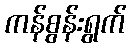
ကန်စွန်းရွက်